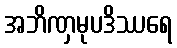
အဘိဏှမုပဒိဿရေ